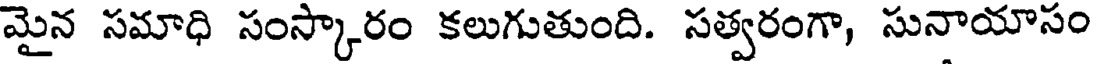
మైన సమాధి సంస్కారం కలుగుతుంది. సత్వరంగా, సునాయాసం